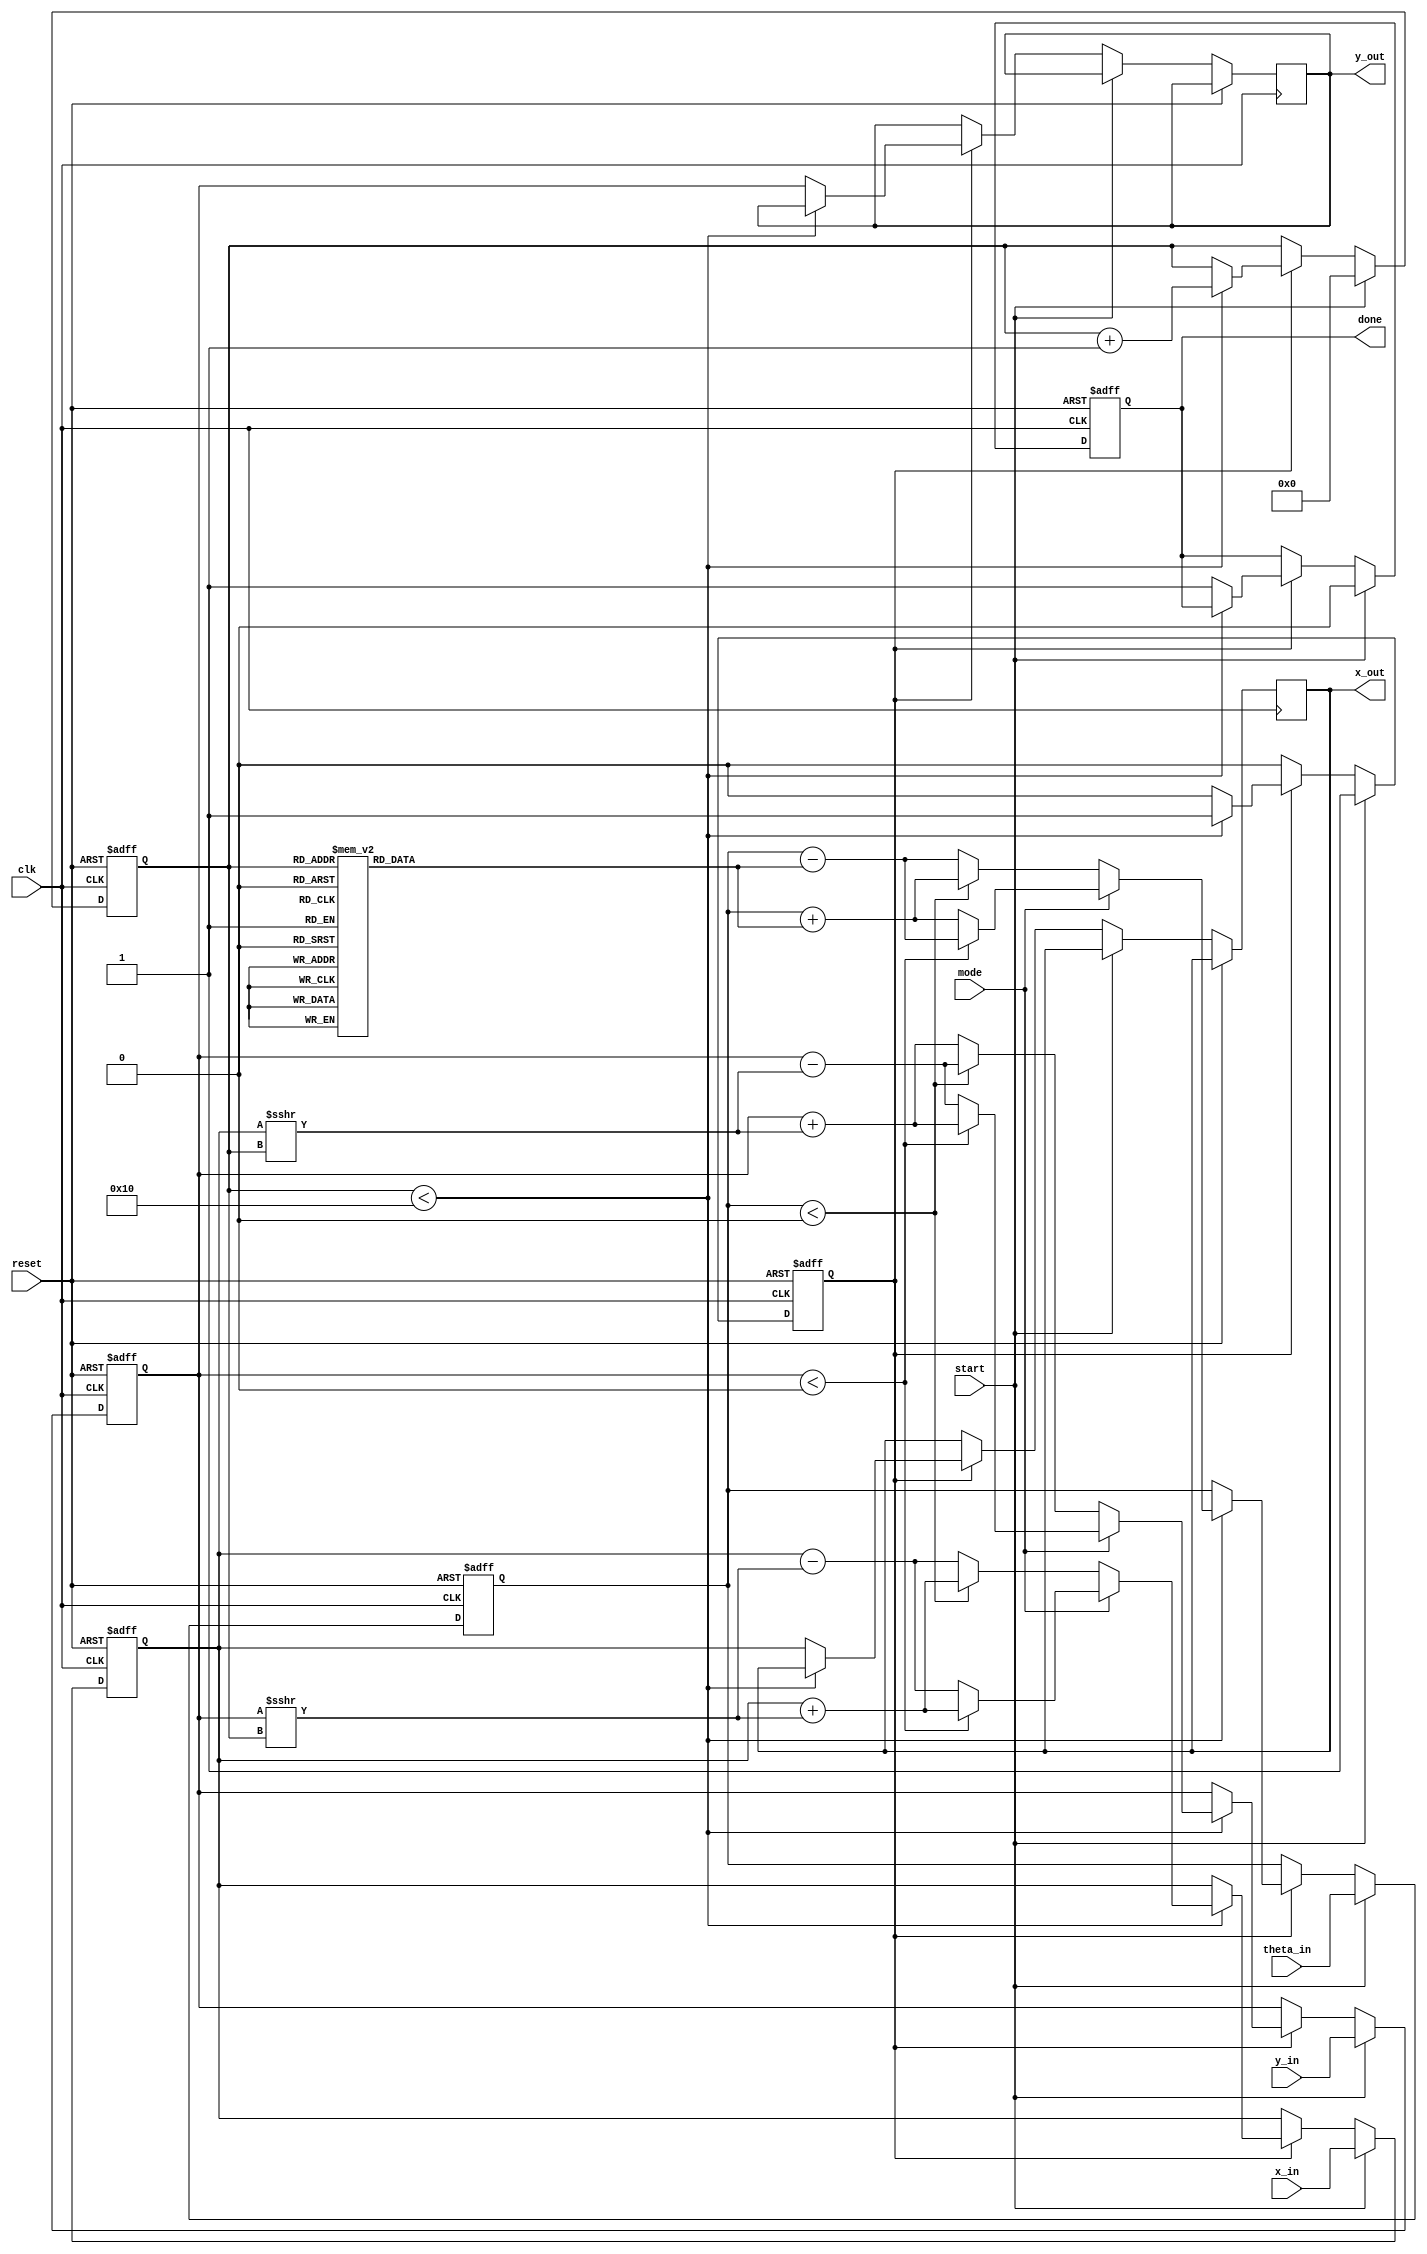
module cordic (
    input wire clk,
    input wire reset,
    input wire start,
    input wire mode, // 0 for rotation, 1 for vectoring
    input wire signed [15:0] x_in, // Fixed-point input for x
    input wire signed [15:0] y_in, // Fixed-point input for y
    input wire signed [15:0] theta_in, // Fixed-point input for theta
    output reg signed [15:0] x_out, // Fixed-point output for x
    output reg signed [15:0] y_out, // Fixed-point output for y
    output reg done // Indicates completion of operation
);

    // CORDIC parameters
    parameter NUM_ITERATIONS = 16; // Number of iterations
    reg signed [15:0] atan_table [0:NUM_ITERATIONS-1]; // Lookup table for arctangent values
    reg signed [15:0] x_reg, y_reg, theta_reg;
    reg [3:0] iteration; // Current iteration counter
    reg state; // FSM state

    // Initialize the arctangent lookup table
    initial begin
        atan_table[0] = 16'h26DB; // atan(2^-0) in fixed-point
        atan_table[1] = 16'h1DAC; // atan(2^-1) in fixed-point
        atan_table[2] = 16'h0FAD; // atan(2^-2) in fixed-point
        atan_table[3] = 16'h07A1; // atan(2^-3) in fixed-point
        atan_table[4] = 16'h03D5; // atan(2^-4) in fixed-point
        atan_table[5] = 16'h01FB; // atan(2^-5) in fixed-point
        atan_table[6] = 16'h00FE; // atan(2^-6) in fixed-point
        atan_table[7] = 16'h007F; // atan(2^-7) in fixed-point
        atan_table[8] = 16'h003F; // atan(2^-8) in fixed-point
        atan_table[9] = 16'h001F; // atan(2^-9) in fixed-point
        atan_table[10] = 16'h000F; // atan(2^-10) in fixed-point
        atan_table[11] = 16'h0007; // atan(2^-11) in fixed-point
        atan_table[12] = 16'h0003; // atan(2^-12) in fixed-point
        atan_table[13] = 16'h0001; // atan(2^-13) in fixed-point
        atan_table[14] = 16'h0000; // atan(2^-14) in fixed-point
        atan_table[15] = 16'h0000; // atan(2^-15) in fixed-point
    end

    // FSM for CORDIC operations
    always @(posedge clk or posedge reset) begin
        if (reset) begin
            iteration <= 0;
            state <= 0;
            x_reg <= 0;
            y_reg <= 0;
            theta_reg <= 0;
            done <= 0;
        end else if (start) begin
            x_reg <= x_in;
            y_reg <= y_in;
            theta_reg <= theta_in;
            iteration <= 0;
            done <= 0;
            state <= 1; // Start processing
        end else if (state == 1) begin
            if (iteration < NUM_ITERATIONS) begin
                // CORDIC rotation/vectoring logic
                if (mode == 0) begin // Rotation mode
                    if (theta_reg < 0) begin
                        x_reg <= x_reg + (y_reg >>> iteration);
                        y_reg <= y_reg - (x_reg >>> iteration);
                        theta_reg <= theta_reg + atan_table[iteration];
                    end else begin
                        x_reg <= x_reg - (y_reg >>> iteration);
                        y_reg <= y_reg + (x_reg >>> iteration);
                        theta_reg <= theta_reg - atan_table[iteration];
                    end
                end else begin // Vectoring mode
                    if (y_reg < 0) begin
                        x_reg <= x_reg + (y_reg >>> iteration);
                        y_reg <= y_reg + (x_reg >>> iteration);
                        theta_reg <= theta_reg - atan_table[iteration];
                    end else begin
                        x_reg <= x_reg - (y_reg >>> iteration);
                        y_reg <= y_reg - (x_reg >>> iteration);
                        theta_reg <= theta_reg + atan_table[iteration];
                    end
                end
                iteration <= iteration + 1;
            end else begin
                // Final output
                x_out <= x_reg;
                y_out <= y_reg;
                done <= 1;
                state <= 0; // Return to idle state
            end
        end
    end

endmodule